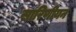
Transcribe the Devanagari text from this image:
सारिणीयन